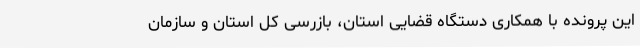
این پرونده با همکاری دستگاه قضایی استان، بازرسی کل استان و سازمان